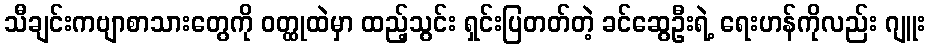
သီချင်းကဗျာစာသားတွေကို ဝတ္ထုထဲမှာ ထည့်သွင်း ရှင်းပြတတ်တဲ့ ခင်ဆွေဦးရဲ့ ရေးဟန်ကိုလည်း ဂျူး